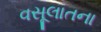
વસૂલાતના